Epidemic dropsy in Calcutta - Number 49
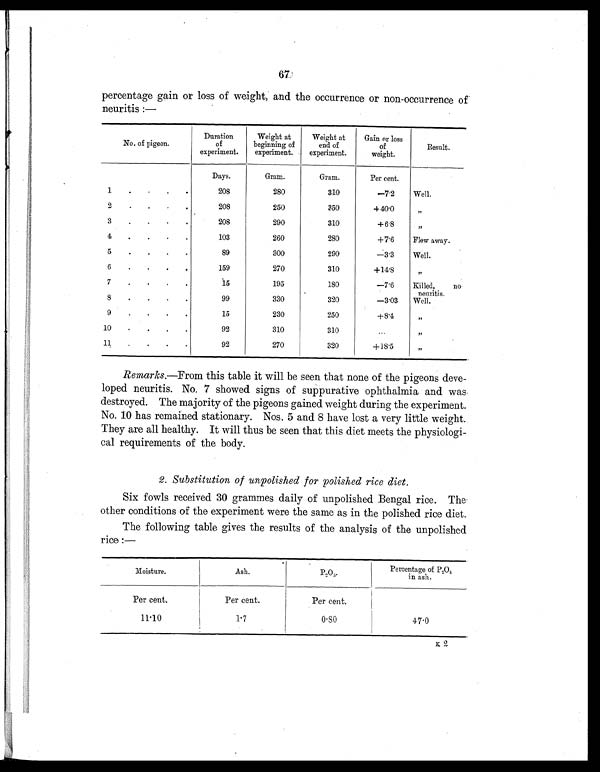
67
percentage gain or loss of weight, and the occurrence or non-occurrence of
neuritis:—
No. of pigeon.
Duration
of
experiment.
Weight at
beginning of
experiment.
Weight at
end of
experiment.
Gain or loss
of
weight.
Result.
Days.
Gram.
Gram.
Per cent.
1.
.
.
208
280
310
—7.2
Well.
2
.
.
.
.
208
250
350
+40.0
,,
3
.
.
.
.
208
290
310
+6.8
, ,
4
.
.
.
.
103
260
280
+7.6
Flew away.
5
.
.
.
.
89
300
290
—3.3
Well.
6
.
.
.
.
159
270
310
+14.8
, ,
7
.
.
.
.
15
195
180
—7.6
Killed, no neuritis.
8
.
.
.
.
99
330
320
—3.03 Well.
9
.
.
.
.
15
230
250
+8.4
, ,
10
.
.
.
.
92
310
310
...
, ,
11
.
.
.
.
92
270
320
+18.5
, ,
Remarks .—From this table it will be seen that none of the pigeons deve-
loped neuritis. No. 7 showed signs of suppurative ophthalmia and was
destroyed. The majority of the pigeons gained weight during the experiment.
No. 10 has remained stationary. Nos. 5 and 8 have lost a very little weight.
They are all healthy. It will thus be seen that this diet meets the physiologi-
cal requirements of the body.
2. Substitution of unpolished for polished rice diet.
Six fowls received 30 grammes daily of unpolished Bengal rice. The
other conditions of the experiment were the same as in the polished rice diet.
The following table gives the results of the analysis of the unpolished
rice:—
Moisture.
Ash.
P2O5.
Percentage of P
2O5 in ash.
Per cent.
Per cent.
Per cent.
11.10
1.7
0.80
47.0
K 2